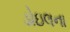
ડોઇલના